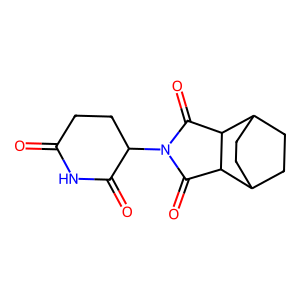
SMILES: O=C1CCC(N2C(=O)C3C4CCC(CC4)C3C2=O)C(=O)N1
Inhibits HIV replication: No